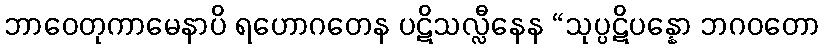
ဘာဝေတုကာမေနာပိ ရဟောဂတေန ပဋိသလ္လီနေန “သုပ္ပဋိပန္နော ဘဂဝတော